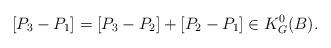
LaTeX: \begin{align*}[P_3-P_1]=[P_3-P_2]+[P_2-P_1]\in K_G^0(B).\end{align*}